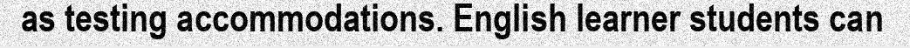
as testing accommodations. English learner students can